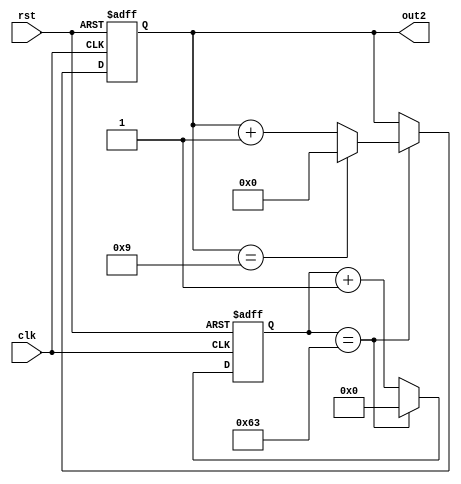
module cnt2(out2,clk,rst);

    input clk,rst;
    output reg[3:0] out2;
    reg[7:0] tmp2;
    
    always @(posedge clk or negedge rst) begin

        if(!rst) begin
            out2<=0;
            tmp2<=0;
        end

       else if(tmp2==99)begin
            if(out2==9) begin
                out2<=0;
                tmp2<=0;
            end
            
            else begin
            out2<=out2+1;
            tmp2<=0;
            end
        end

        else tmp2<=tmp2+1;
    end

    


endmodule //